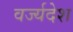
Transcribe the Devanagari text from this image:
वर्ज्यदेश